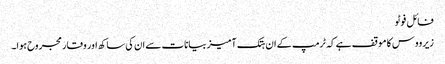
فائل فوٹو
زیرووس کا موقف ہے کہ ٹرمپ کے ان ہتک آمیز بیانات سے ان کی ساکھ اور وقار مجروح ہوا۔